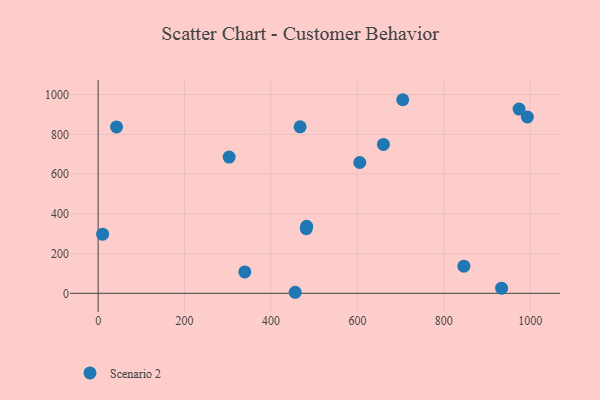
{"axis": {"x": "Speed", "y": "Exam Score"}, "legend": ["Scenario 2"], "data": [{"x": "993.4", "y": 887.1, "type": "Scenario 2"}, {"x": "456.1", "y": 5.2, "type": "Scenario 2"}, {"x": "974.2", "y": 927.0, "type": "Scenario 2"}, {"x": "660.2", "y": 749.0, "type": "Scenario 2"}, {"x": "303.2", "y": 685.3, "type": "Scenario 2"}, {"x": "482.5", "y": 337.1, "type": "Scenario 2"}, {"x": "846.4", "y": 136.7, "type": "Scenario 2"}, {"x": "704.9", "y": 974.0, "type": "Scenario 2"}, {"x": "42.6", "y": 837.2, "type": "Scenario 2"}, {"x": "467.4", "y": 837.6, "type": "Scenario 2"}, {"x": "481.7", "y": 325.4, "type": "Scenario 2"}, {"x": "605.5", "y": 658.1, "type": "Scenario 2"}, {"x": "933.7", "y": 26.0, "type": "Scenario 2"}, {"x": "339.5", "y": 107.5, "type": "Scenario 2"}, {"x": "10.4", "y": 297.4, "type": "Scenario 2"}]}